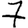
Digit: 7